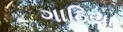
ગાઠિયા